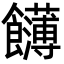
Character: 䭦